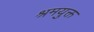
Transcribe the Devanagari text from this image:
श्रमयुक्त